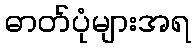
ဓာတ်ပုံများအရ